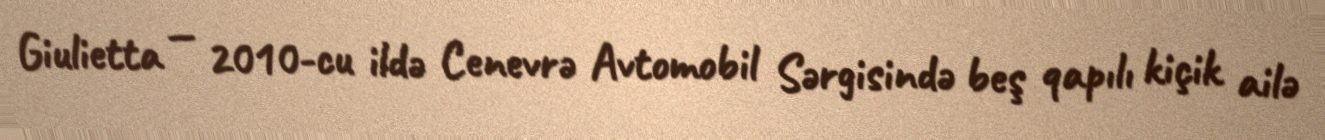
Giulietta — 2010-cu ildə Cenevrə Avtomobil Sərgisində beş qapılı kiçik ailə